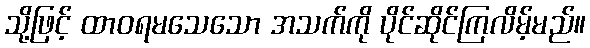
သို့ဖြင့် ထာဝရမသေသော အသက်ကို ပိုင်ဆိုင်ကြလိမ့်မည်။